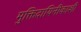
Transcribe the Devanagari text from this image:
मुक्तिदायिनीकाशी